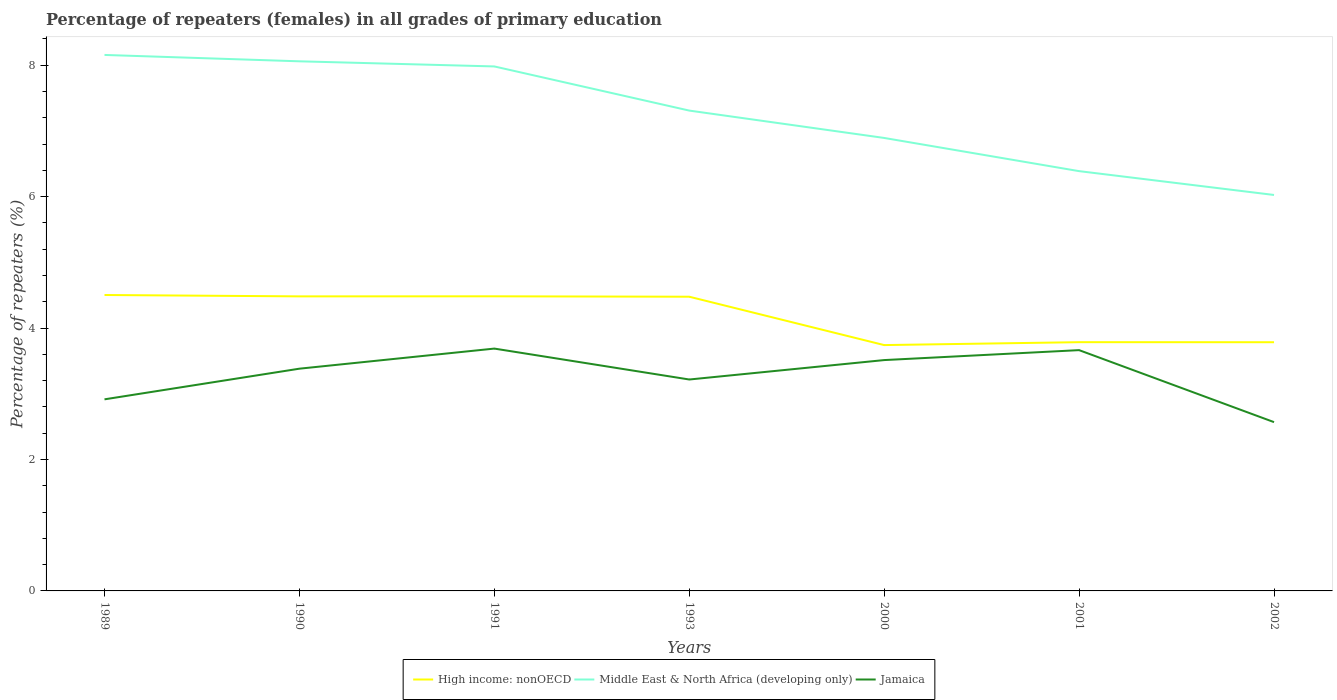
| Years | High income: nonOECD | Middle East & North Africa (developing only) | Jamaica |
 | --- | --- | --- | --- |
 | 1989 | 4.5 | 8.16 | 2.92 |
 | 1990 | 4.48 | 8.06 | 3.38 |
 | 1991 | 4.48 | 7.98 | 3.69 |
 | 1993 | 4.48 | 7.31 | 3.22 |
 | 2000 | 3.74 | 6.89 | 3.51 |
 | 2001 | 3.78 | 6.39 | 3.66 |
 | 2002 | 3.78 | 6.02 | 2.57 |